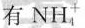
有NH_{4}^{+}